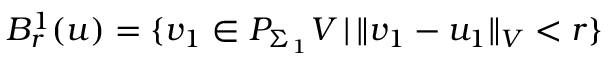
B _ { r } ^ { 1 } ( u ) = \{ v _ { 1 } \in P _ { \Sigma _ { 1 } } V \, | \, \Vert v _ { 1 } - u _ { 1 } \Vert _ { V } < r \}